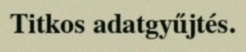
Titkos adatgyűjtés.